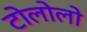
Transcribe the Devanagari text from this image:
टोलोलो